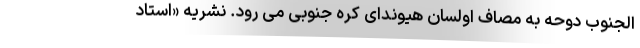
الجنوب دوحه به مصاف اولسان هیوندای کره جنوبی می رود. نشریه «استاد